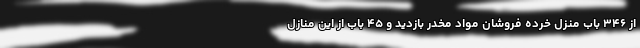
از ۳۴۶ باب منزل خرده فروشان مواد مخدر بازدید و ۴۵ باب از این منازل